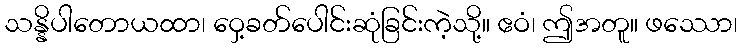
သန္နိပါတောယထာ၊ ဝှေ့ခတ်ပေါင်းဆုံခြင်းကဲ့သို့။ ဧဝံ၊ ဤအတူ။ ဖဿော၊